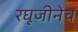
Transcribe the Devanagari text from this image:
रघूजीनेच